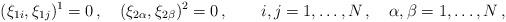
LaTeX: \begin{align*}(\xi_{1i},\xi_{1j})^1=0\,, \quad (\xi_{2\alpha},\xi_{2\beta})^2=0\,, \qquad i,j=1,\ldots,N\,,\quad\alpha,\beta=1,\ldots,N\,, \end{align*}